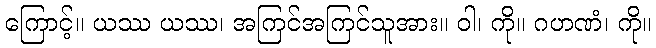
ကြောင့်။ ယဿ ယဿ၊ အကြင်အကြင်သူအား။ ဝါ၊ ကို။ ဂဟဏံ၊ ကို။